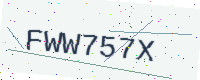
Text: FWW757X